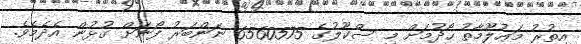
އިތުރު މަޢުލޫމާތު ހޯދުމަށް މި ސްކޫލުގެ 6560575 ނަންބަރު ފޯނަށް ގުޅުން އެދެމެވެ.